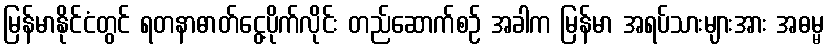
မြန်မာနိုင်ငံတွင် ရတနာဓာတ်ငွေ့ပိုက်လိုင်း တည်ဆောက်စဉ် အခါက မြန်မာ အရပ်သားများအား အဓမ္မ